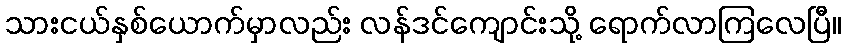
သားငယ်နှစ်ယောက်မှာလည်း လန်ဒင်ကျောင်းသို့ ရောက်လာကြလေပြီ။